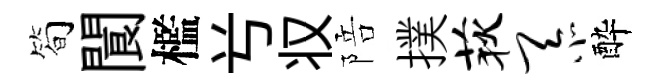
简閬檻𠔃𠬧陪撲荻忝酔